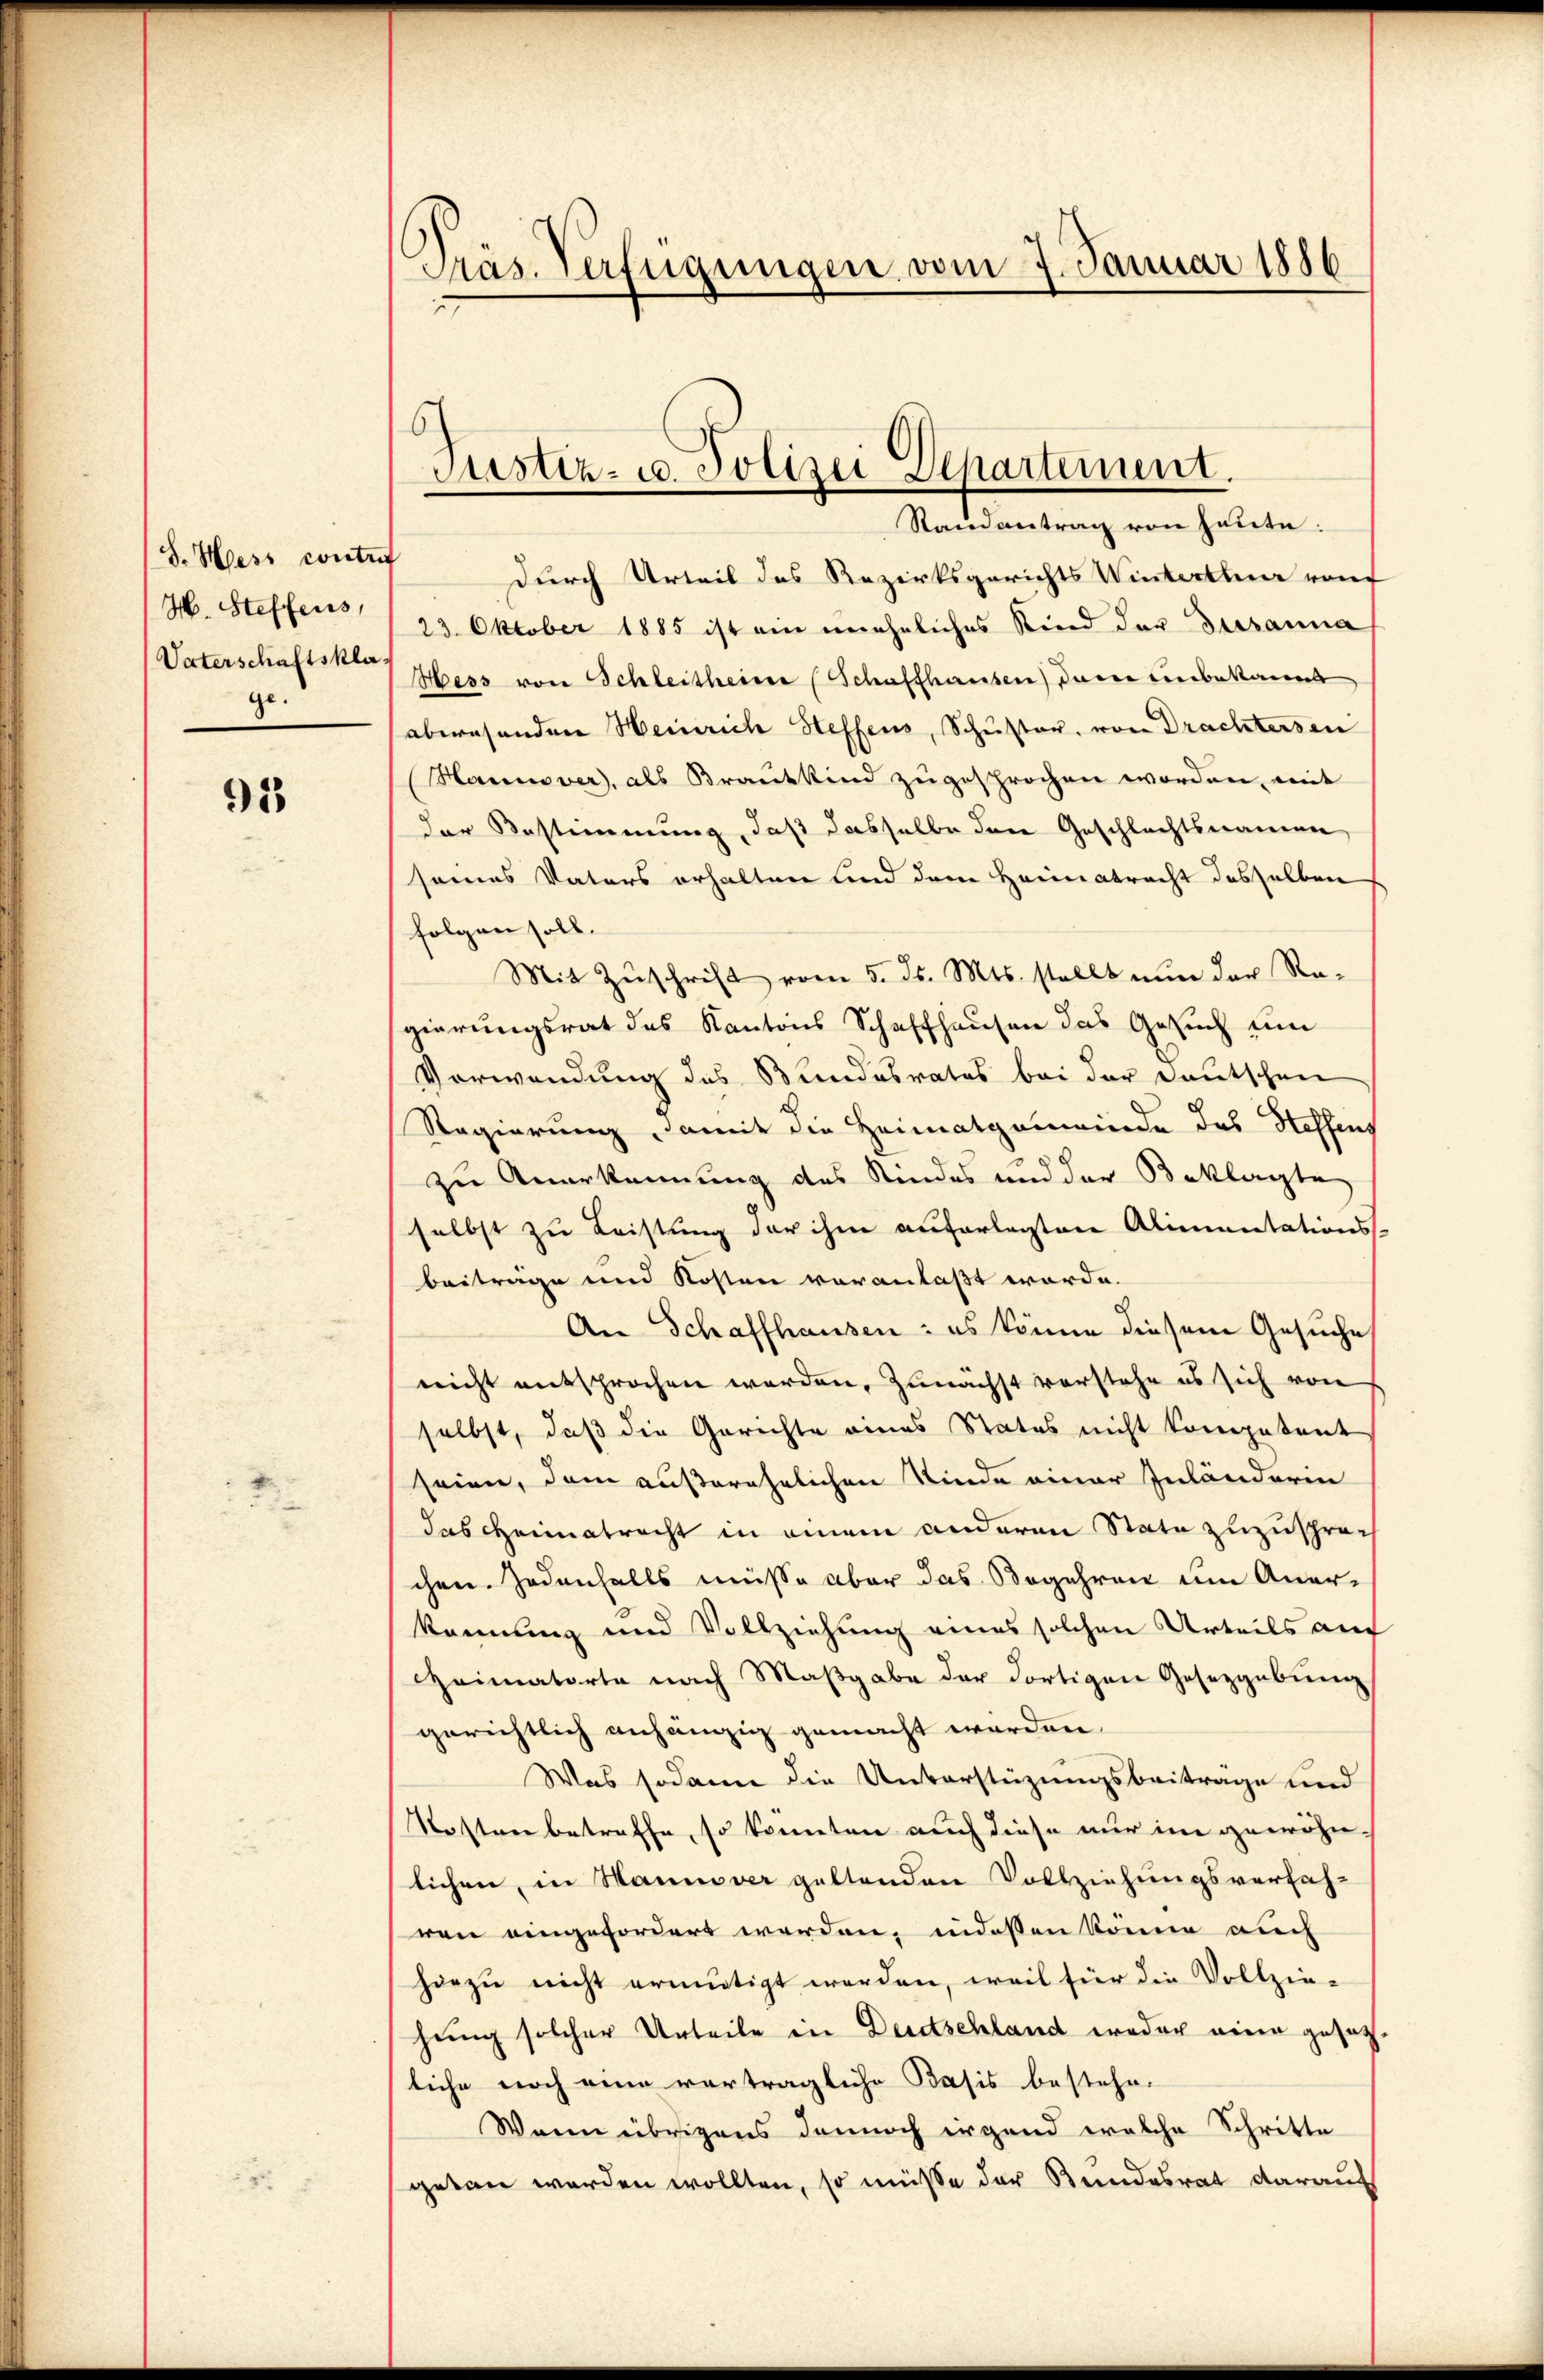
S. Hess contref
H. Steffens,
Vaterschaftskla
ge.

93

Präs. Verfügungen vom 7. Januar 1886

sh
Justiz- u. Polizei Departement.
Stainantrag von heute:

durch Urteil des Rezirksgerichts Winterthur von
23. Oktober 1885 ist ein uneheliches Kind der Dessanna
Hess von Schleitheime (Schaffhausen) das unbekannt
abwesenden Heinrich Heffens, Schuster, von Drachtersen
Hannover, als Brautkind zugesprochen worden, mit
der Bestimmung, daß dasselbe der Geschlechtsnamen
seines Vaters erhalten und dem Heimatracht desselben
folgen soll.
Mit Zuschrift vom 5. ds. Mts. stellt nun der Ra-
gierungsrat des Kantons Schaffhausen das Gesuch um
Verwendung des Bundesrates bei der Deutschen
Regierung, damit die Heimatgemeinde das Hoffens
zu Anerkennung des Kindes und der Beklagte
selbst zu Leistung der ihme auferlegten Alimentations-
beitrage und Kosten voranlaßt worde.
An Schaffhausen: es könne diesem Gesuche
nicht entsprochen werden, zunächst vorstehe es sich von
selbst, daß die Gerichte eines Status nicht kompetent
seien, dem außerehelichen Kinde einer Inländerin
das Heimatracht in einem anderen State zuzuspräch
chen. Jedenfalls müsse aber das Begehren um Aner-
kennung und Vollziehung eines solchen Urteils auf
Heimatorte nach Maβgabe der dortigen Gesetzgebung
gerichtlich anhängig gemacht worden.
Was sodann die Unterstüzungsbeitrage und
Kosten betreffe, so könnten auch diese nur in gewöhnlichen, in Maumver geltenden Vollziehungsverfah-
ren eingefordert werden, indessen könne auch
hiezu nicht ermutigt werden, weil für die Vollzie-
hung solcher Urteile in Deutschland weder eine gesetzt.
liche noch eine verträgliche Basis bestehe.
Wann übrigens dennoch irgend welche Schritte
getan werden wollten, so müsse der Bundesrat darauf